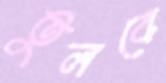
তুলবে